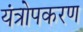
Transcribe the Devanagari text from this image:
यंत्रोपकरण